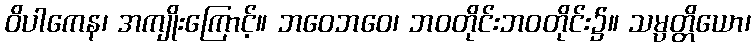
ဝိပါကေန၊ အကျိုးကြောင့်။ ဘဝေဘဝေ၊ ဘဝတိုင်းဘဝတိုင်း၌။ သမ္ပတ္တိယော၊